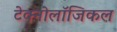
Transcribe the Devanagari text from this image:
टेक्नोलॉजिकल